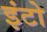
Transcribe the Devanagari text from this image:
इंटो